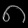
Digit: ၈